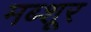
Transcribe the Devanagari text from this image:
मब्शूर